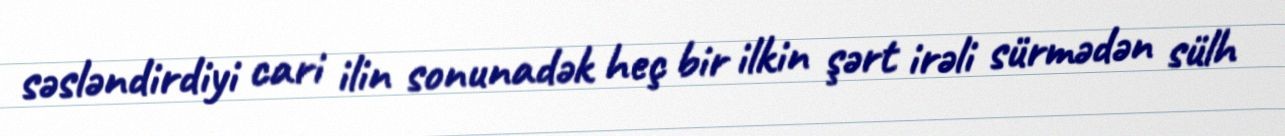
səsləndirdiyi cari ilin sonunadək heç bir ilkin şərt irəli sürmədən sülh